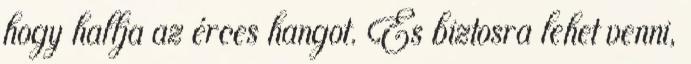
hogy hallja az érces hangot. És biztosra lehet venni,